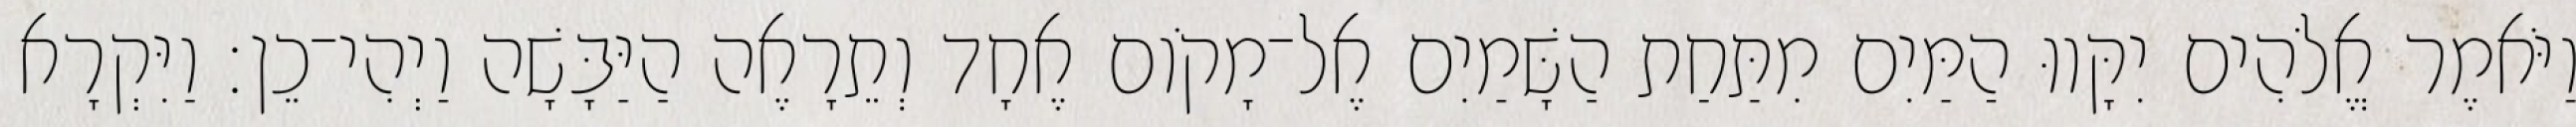
וַיֹּאמֶר אֱלֹהִים יִקָּווּ הַמַּיִם מִתַּחַת הַשָּׁמַיִם אֶל־מָקֹום אֶחָד וְתֵרָאֶה הַיַּבָּשָׁה וַיְהִי־כֵן׃ וַיִּקְרָא